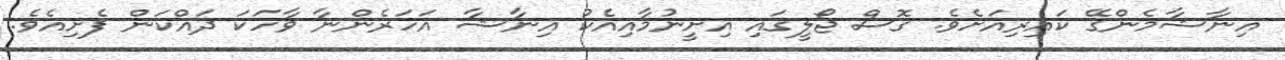
އިނާޝާމެންގޭ ކައިރިއަށެވެ. ގޮސް ޖޯލީގައި އިށީނުމާއިއެކު އިނާޝާ އަހަރެންނާ ވާހަކަ ދައްކަން ފެށިއެވެ.